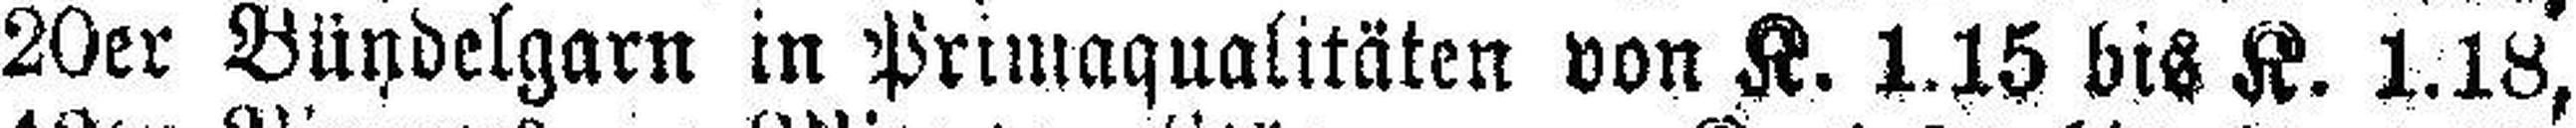
20er Bündelgarn in Primaqualitäten von K. 1.15 bis K. 1.18,